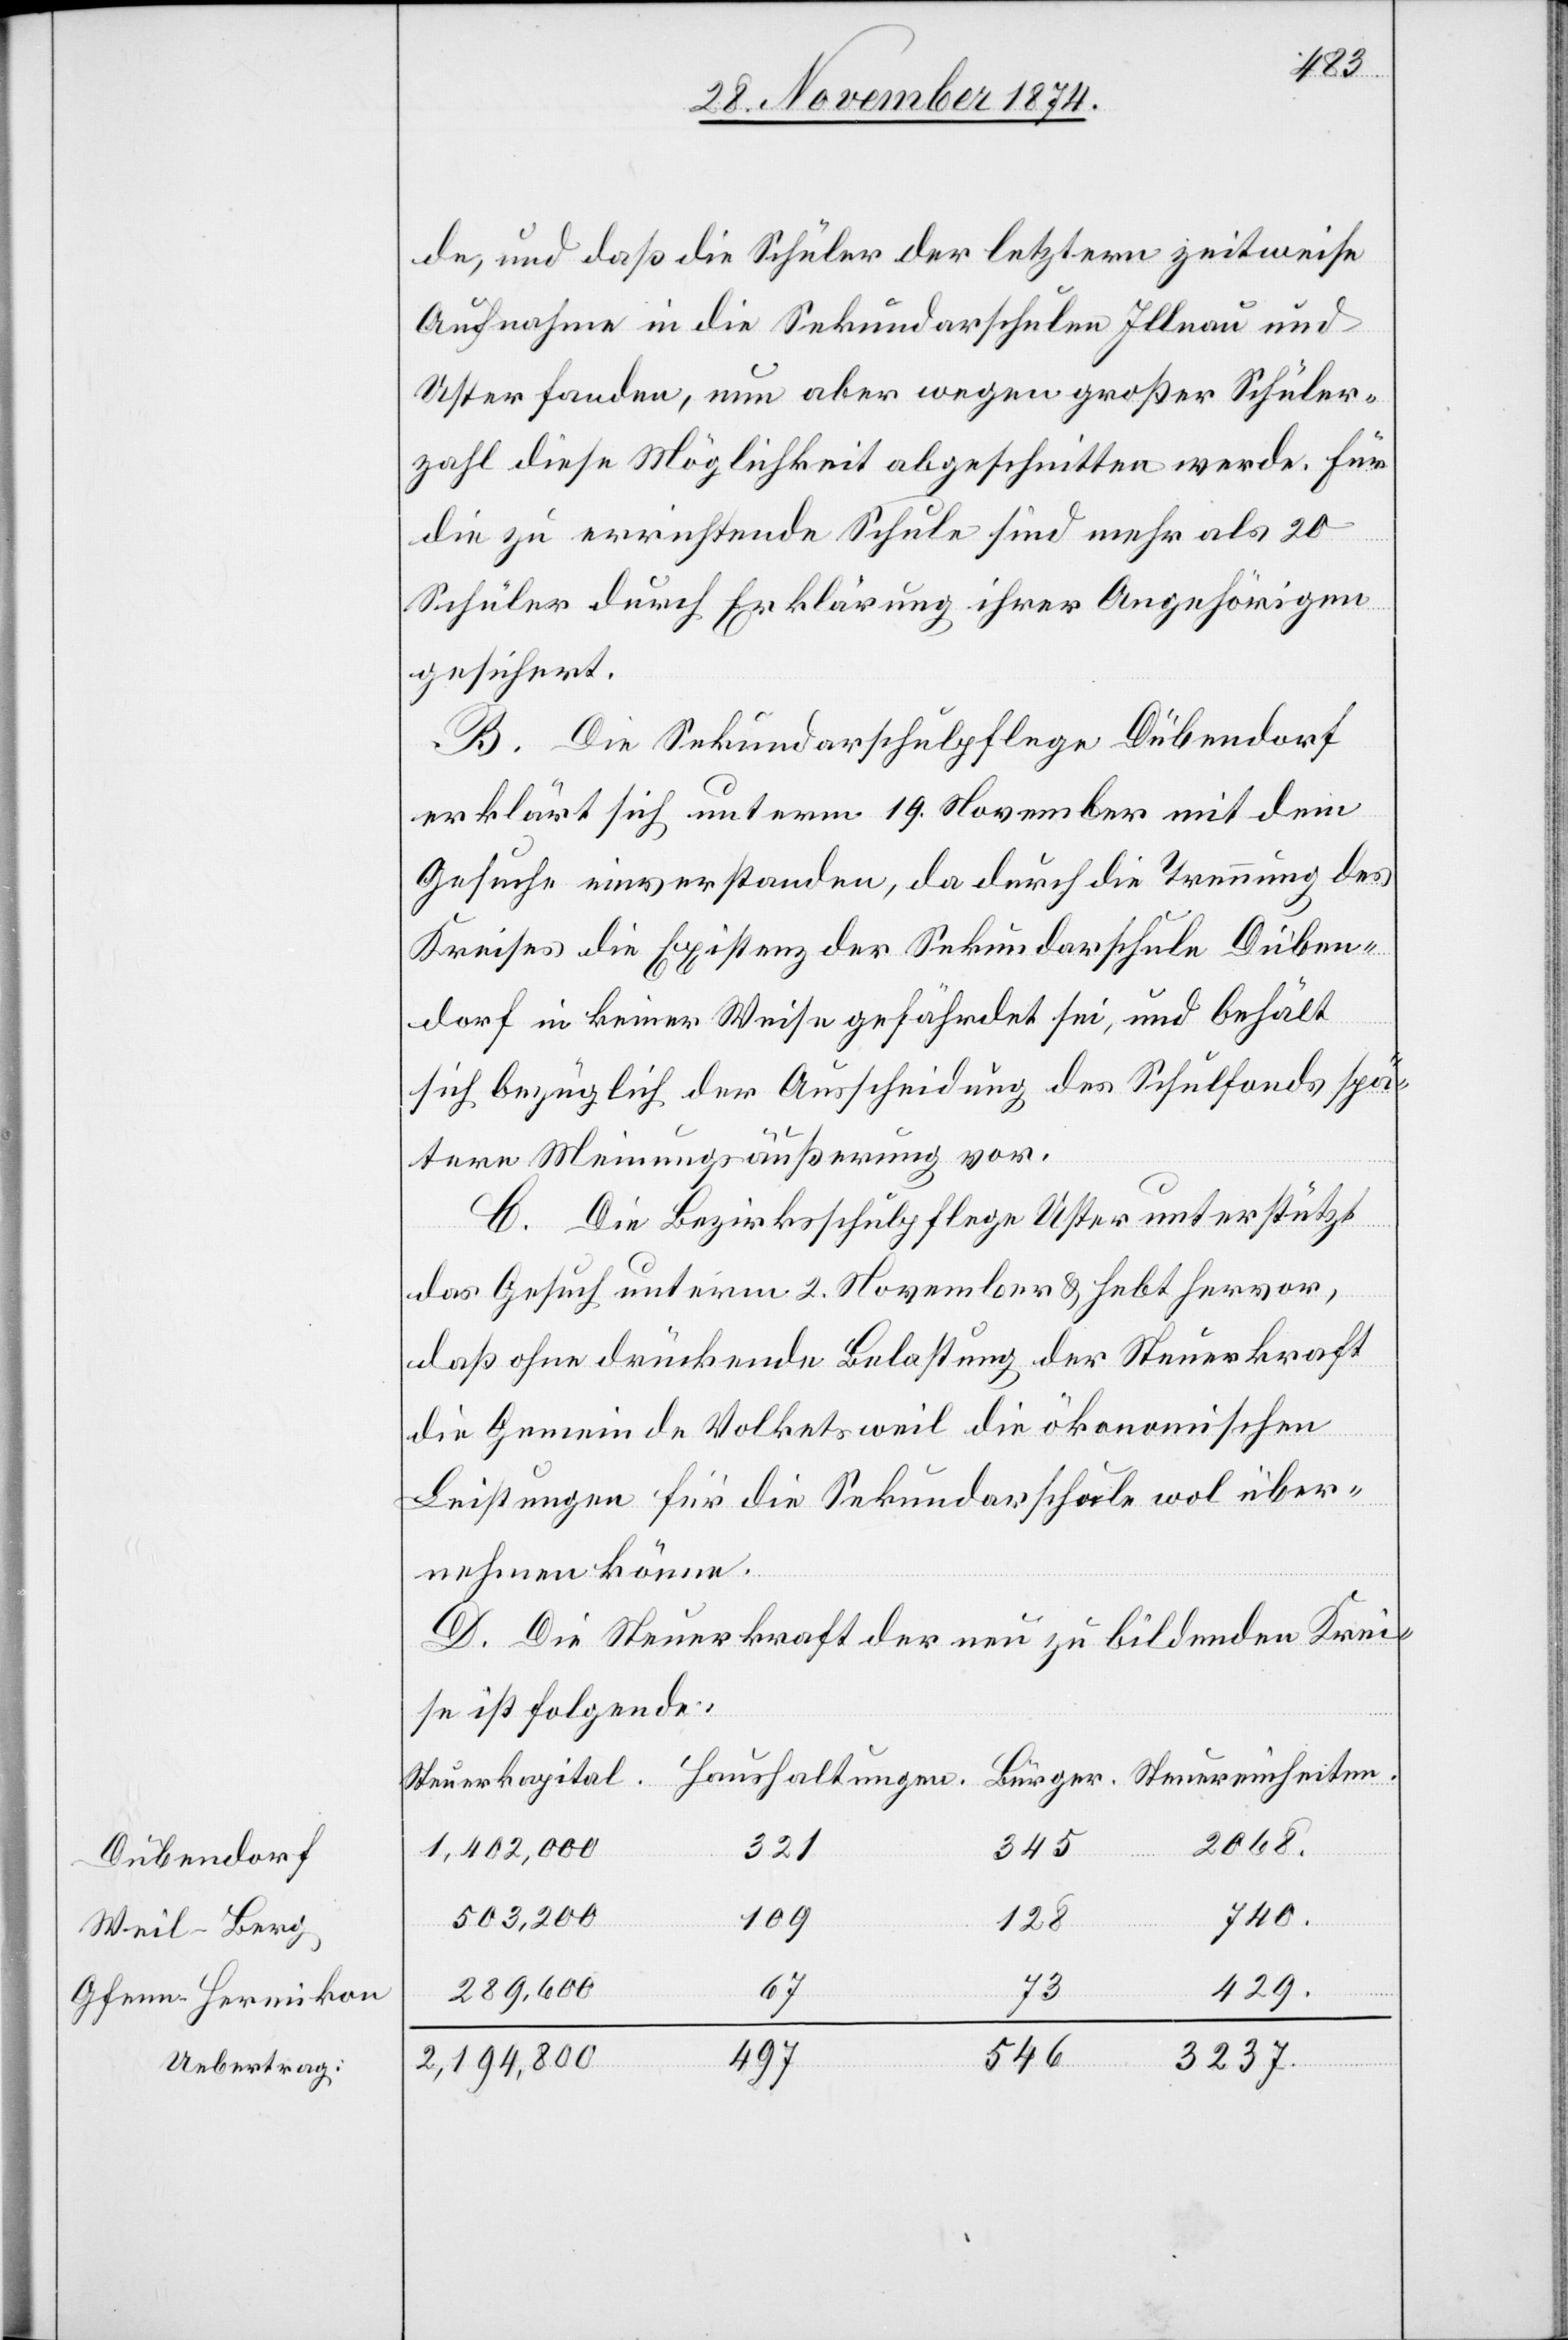
Dübendorf
Weil-Berg
Gfenn-Hermikon

de, und daß die Schüler der letztern zeitweise
Aufnahme in die Sekundarschulen Illnau und
Uster fanden, nun aber wegen großer Schüler¬
zahl diese Möglichkeit abgeschnitten werde. Für
die zu errichtende Schule sind mehr als 20
Schüler durch Erklärung ihrer Angehörigen
gesichert.
B. Die Sekundarschulpflege Dübendorf
erklärt sich unterm 19. November mit dem
Gesuche einverstanden, da durch die Trennung des
Kreises die Existenz der Sekundarschule Düben¬
dorf in keiner Weise gefährdet sei, und behält
sich bezüglich der Ausscheidung des Schulfonds spä¬
tere Meinungsäußerung vor.
C. Die Bezirksschulpflege Uster unterstützt
das Gesuch unterm 2. November & hebt hervor,
daß ohne drückende Belastung der Steuerkraft
die Gemeinde Volketsweil die ökonomischen
Leistungen für die Sekundarschule wol über¬
nehmen könne.
D. Die Steuerkraft der neu zu bildenden Krei¬
se ist folgende:
2068.
345
ger.
1,402,000
321
740.
503,200
109
128
429.
73
67
289,600